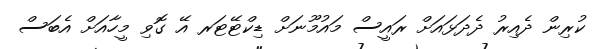
ކުރިން ދެއިރު ދެދަޅައަށް ރައީސް މައުމޫނަށް ޑިކްޓޭޓަރ އޭ ގޮވި މީހާއަށް އެބަސް